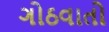
ગોઠવાતો